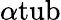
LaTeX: \alpha\mathrm{{tub}}